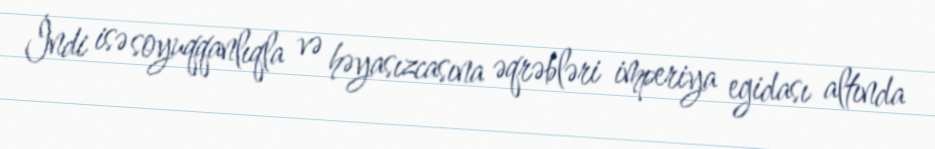
İndi isə soyuqqanlıqla və həyasızcasına əqrəbləri imperiya egidası altında